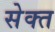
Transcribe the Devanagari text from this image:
सेक्त